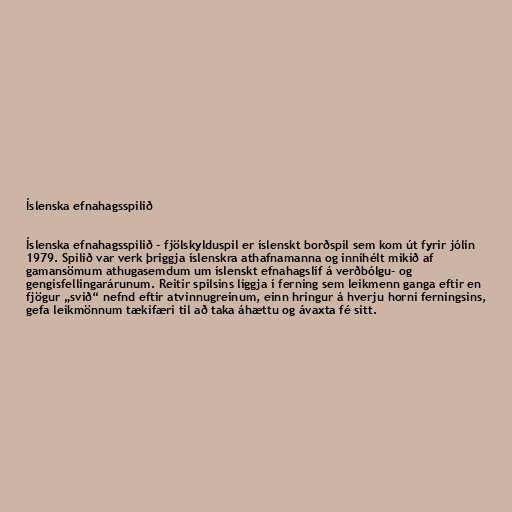
Íslenska efnahagsspilið

Íslenska efnahagsspilið - fjölskylduspil er íslenskt borðspil sem kom út fyrir jólin
1979. Spilið var verk þriggja íslenskra athafnamanna og innihélt mikið af
gamansömum athugasemdum um íslenskt efnahagslíf á verðbólgu- og
gengisfellingarárunum. Reitir spilsins liggja í ferning sem leikmenn ganga eftir en
fjögur „svið“ nefnd eftir atvinnugreinum, einn hringur á hverju horni ferningsins,
gefa leikmönnum tækifæri til að taka áhættu og ávaxta fé sitt.